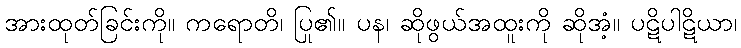
အားထုတ်ခြင်းကို။ ကရောတိ၊ ပြု၏။ ပန၊ ဆိုဖွယ်အထူးကို ဆိုအံ့။ ပဋိပါဋိယာ၊